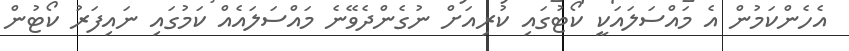
އެހެންކަމުން އެ މައްސަލައަކީ ކޯޓުގައި ކުރިއަށް ނުގެންދެވޭނެ މައްސަލައެއް ކަމުގައި ނައިފަރު ކޯޓުން